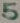
Text: 5